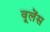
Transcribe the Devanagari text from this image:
वूलेंस